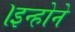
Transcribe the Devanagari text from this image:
।इन्होने